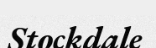
Stockdale